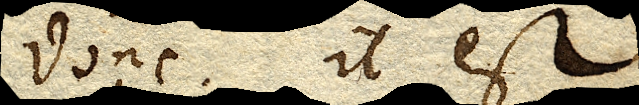
donc. il est